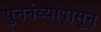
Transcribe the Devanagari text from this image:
पुनर्नव्यापासून